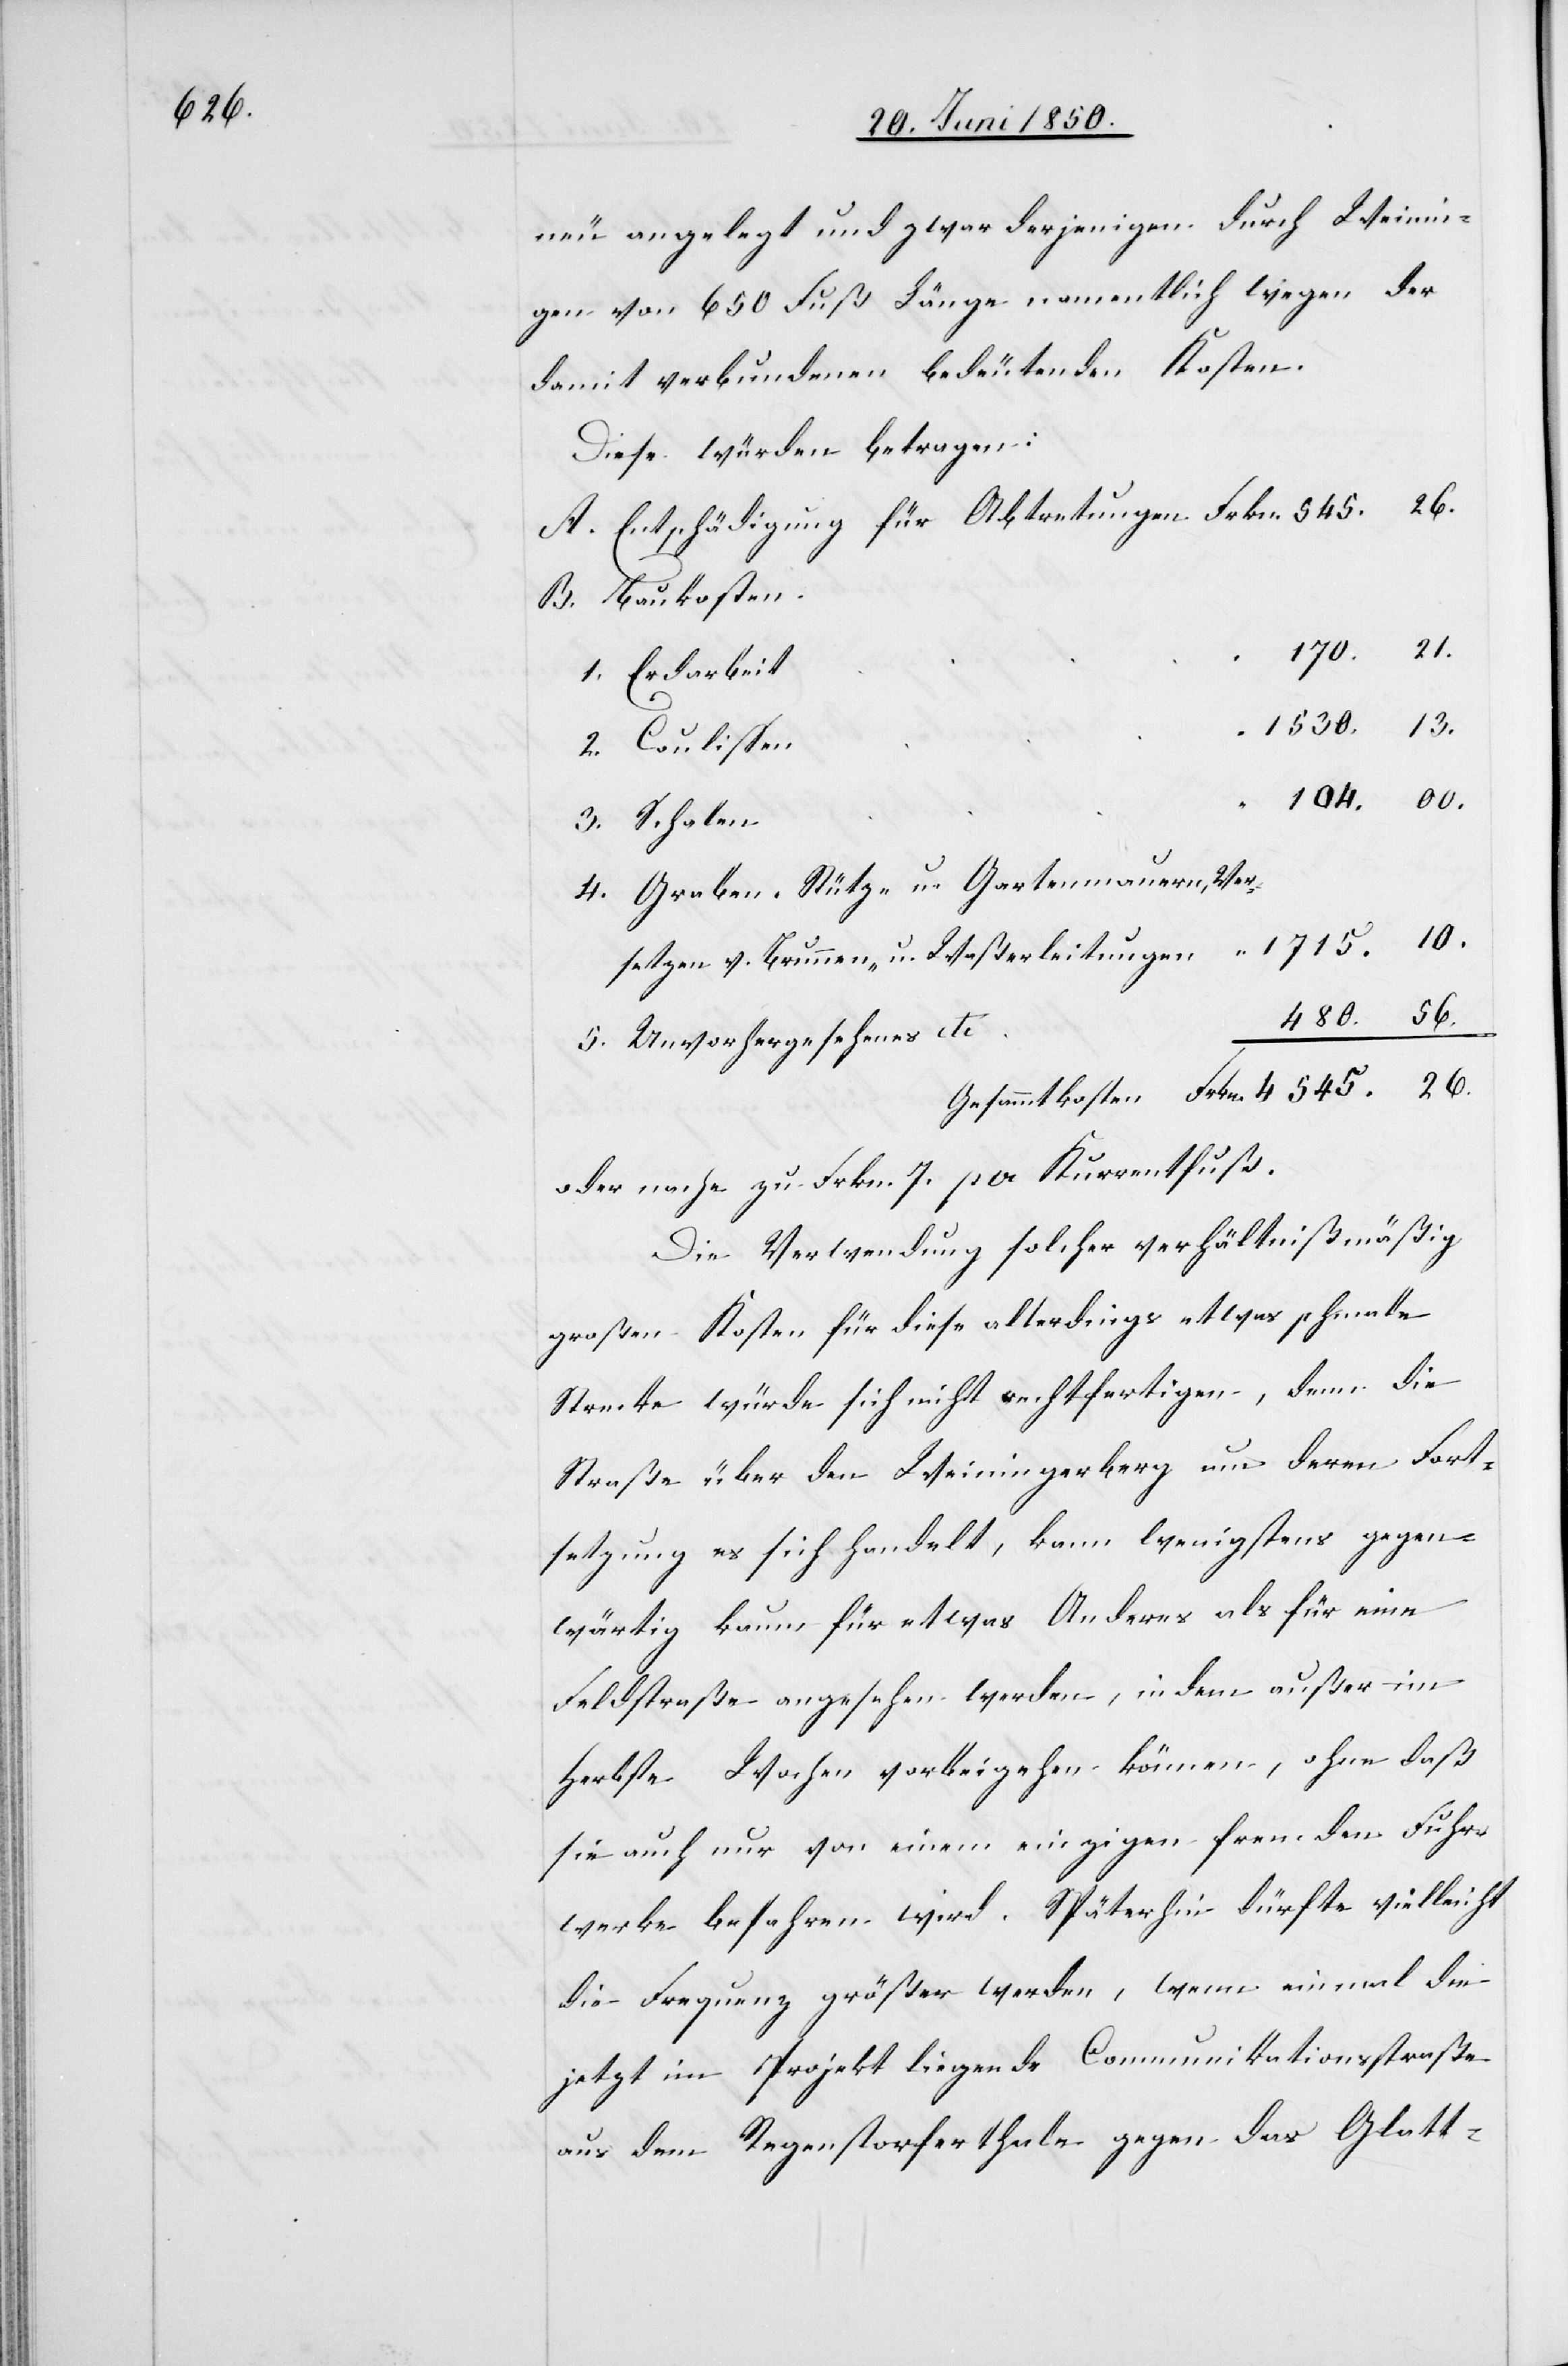
neu angelegt und zwar derjenige durch Weinin¬
gen von 650 Fuß Länge namentlich wegen der
damit verbundenen bedeutenden Kosten.
Diese würden betragen:
A. Entschädigung für Abtretungen	Frkn. 	545.	26.
B. Baukosten
1. Erdarbeit
2. Coulissen
3. Schalen
4. Graben- Stütz- u. Gartenmauern,	 Ver¬
setzen v. Brunnen- u. Waßerleitungen
5. Unvorhergesehenes etc.
Gesamtkosten	Frkn.	4545.	26.
oder nache [sic!] zu Frkn. 7. per Kurrentfuß.
Die Verwendung solcher verhältnißmäßig
großen Kosten für diese allerdings etwas schmale
Strecke würde sich nicht rechtfertigen, denn die
Straße über den Weiningerberg um deren Fort¬
setzung es sich handelt, kann wenigstens gegen¬
wärtig kaum für etwas Anderes als für eine
Feldstraße angesehen werden, indem außer im
Herbste Wochen vorbeigehen können, ohne daß
sie auch nur von einem einzigen fremden Fuhr¬
werke befahren wird. Späterhin dürfte vielleicht
die Frequenz größer werden, wenn einmal die
jetzt im Projekt liegende Communikationsstraße
aus dem Regenstorferthale gegen das Glatt-